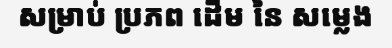
សម្រាប់ ប្រភព ដើម នៃ សម្លេង